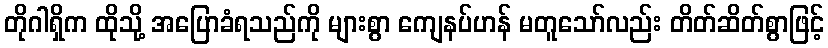
တိုဂါရှိက ထိုသို့ အပြောခံရသည်ကို များစွာ ကျေနပ်ဟန် မတူသော်လည်း တိတ်ဆိတ်စွာဖြင့်